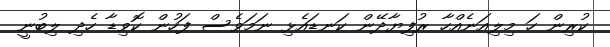
ކުރިން ހަ މިލިއަނެއްހާ ރުފިޔާދޭން ކަނޑައެޅި ނަމަވެސް ފަހުން ކޮވިޑާ ހެދި ލިބުނީ